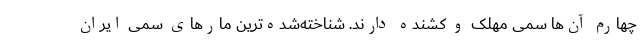
چهارم آن‌ها سمی مهلک و کشنده دارند. شناخته‌شده‌ترین مارهای سمی ایران